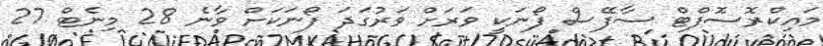
މައިކްރޮސޮފްޓް ސާފޭސް ފޯނަކީ ވަރަށް ވަރުގަދަ ފޯނަކަށް ވާނެ 28 މިނެޓް 27